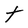
Character: t